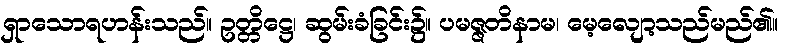
ရှာသောရဟန်းသည်။ ဥတ္တိဋ္ဌေ၊ ဆွမ်းခံခြင်း၌။ ပမဇ္ဇတိနာမ၊ မေ့လျော့သည်မည်၏။